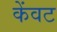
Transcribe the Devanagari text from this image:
केंवट